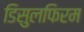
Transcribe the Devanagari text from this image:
डिसुलफिरम